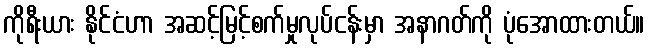
ကိုရီးယား နိုင်ငံဟာ အဆင့်မြင့်စက်မှုလုပ်ငန်းမှာ အနာဂတ်ကို ပုံအောထားတယ်။